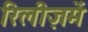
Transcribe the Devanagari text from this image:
रिलीज़में